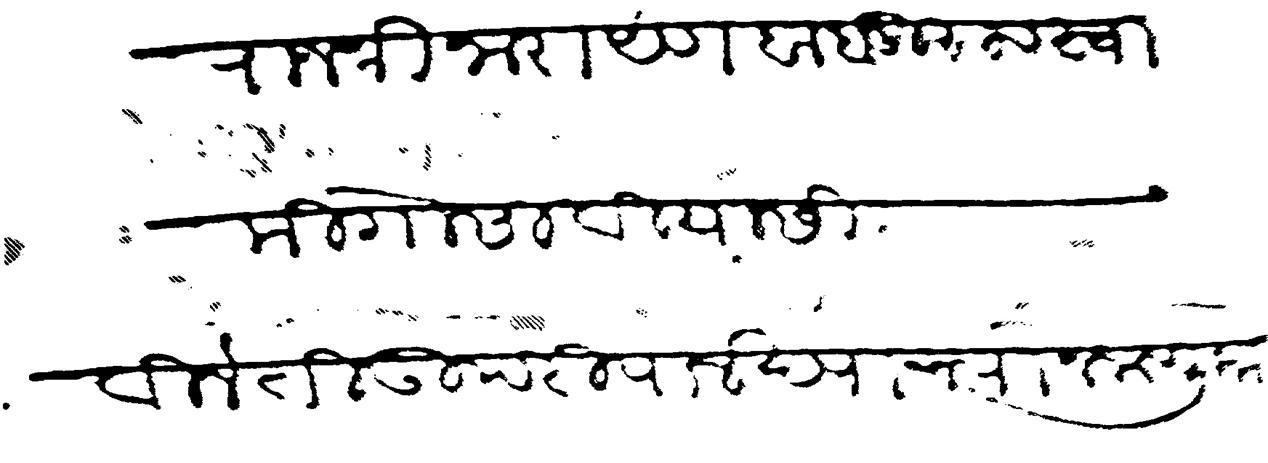
Transliteration (Devanagari): राजश्री नारायण बाबुराव स्वामी गोसावी यांसी विनंती उपरी पालख्याच्या नेमणुका